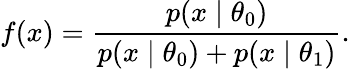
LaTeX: f(x)=\frac{p(x\mid\theta_{0})}{p(x\mid\theta_{0})+p(x\mid\theta_{1})}.